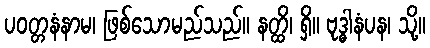
ပဝတ္တနံနာမ၊ ဖြစ်သောမည်သည်။ နတ္ထိ၊ ရှိ။ ဗုဒ္ဓါနံပန၊ သို့။